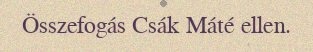
Összefogás Csák Máté ellen.